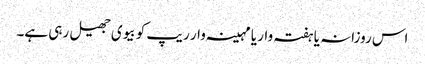
اس روزانہ یا ہفتہ وار یا مہینہ وار ریپ کو بیوی جھیل رہی ہے۔